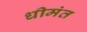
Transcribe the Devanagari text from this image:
धीमंत